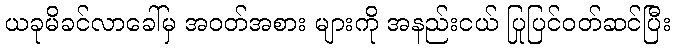
ယခုမိခင်လာခေါ်မှ အဝတ်အစား များကို အနည်းငယ် ပြုပြင်ဝတ်ဆင်ပြီး